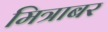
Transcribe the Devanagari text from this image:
मित्राबर